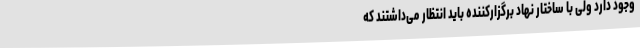
وجود دارد ولی با ساختار نهاد برگزارکننده باید انتظار می‌داشتند که